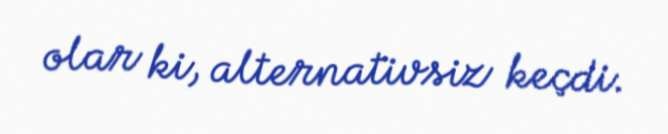
olar ki, alternativsiz keçdi.